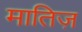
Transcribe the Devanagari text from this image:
मातिज़